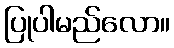
ပြုပါမည်လော။